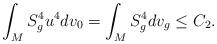
LaTeX: \begin{align*}\int_MS_g^4u^4 dv_0 = \int_MS_g^4 dv_g \le C_2.\end{align*}